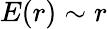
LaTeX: E(r)\sim r